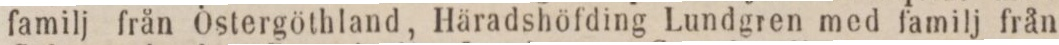
familj från Östergöthland , Häradshöfding Lundgren med familj från